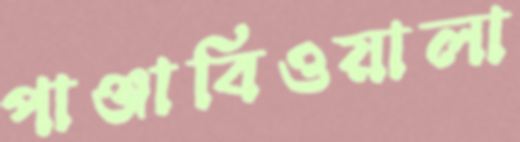
পাঞ্জাবিওয়ালা